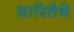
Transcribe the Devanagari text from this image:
धारितेचे